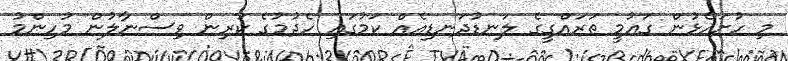
މި ހުށަހެޅުން ގައުމީ ތަރައްގީގެ ލަނޑުދަނޑިއެއް ކަމުގައި ހެދުމުގެ ކުރިން ވިސްނާލުން މުހިންމު